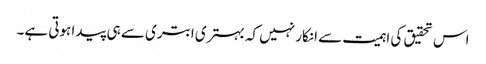
اس تحقیق کی اہمیت سے انکار نہیں کہ بہتری ابتری سے ہی پیدا ہوتی ہے۔